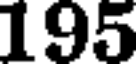
195